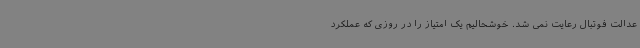
عدالت فوتبال رعایت نمی شد. خوشحالیم یک امتیاز را در روزی که عملکرد